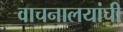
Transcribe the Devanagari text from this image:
वाचनालयांची